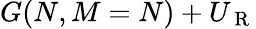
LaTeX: G(N,M=N)+U_{\mathrm{~R~}}